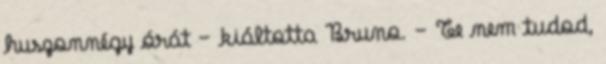
huszonnégy órát – kiáltotta Bruno. – Te nem tudod,